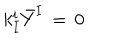
k _ { I } ^ { i } { \bar { Y } } ^ { I } \, = \, 0